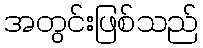
အတွင်းဖြစ်သည်